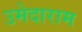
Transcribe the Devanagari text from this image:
उमेदाराम